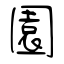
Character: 園